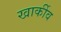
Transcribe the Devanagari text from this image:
खार्कीव